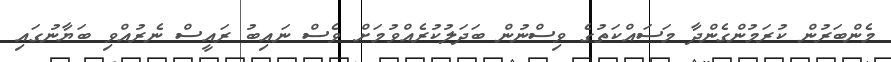
މެންބަރުން ކުރަމުންގެންދާ މަސައްކަތުގެ ވިސްނުން ބަދަލުކުރެއްވުމަށް ވެސް ނައިބު ރައީސް ނެރުއްވި ބަޔާނުގައި